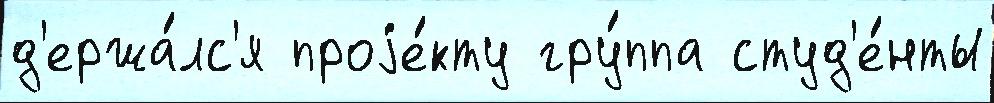
д'ержа́лс'я проjе́кту гру́ппа студ'е́нты